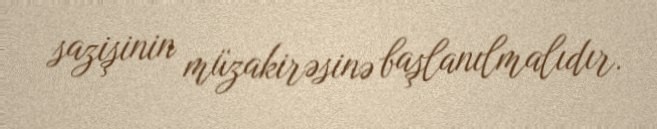
sazişinin müzakirəsinə başlanılmalıdır.